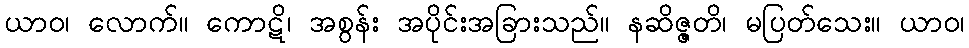
ယာဝ၊ လောက်။ ကောဋိ၊ အစွန်း အပိုင်းအခြားသည်။ နဆိဇ္ဇတိ၊ မပြတ်သေး။ ယာဝ၊